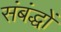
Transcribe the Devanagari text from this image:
संबंद्धों